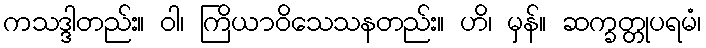
ကသဒ္ဒါတည်း။ ဝါ၊ ကြိယာဝိသေသနတည်း။ ဟိ၊ မှန်။ ဆက္ခတ္တုပရမံ၊